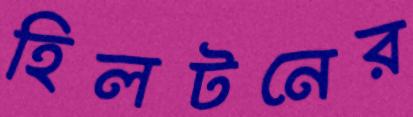
হিলটনের